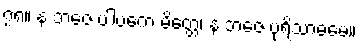
၇၈။ န ဘဇေ ပါပကေ မိတ္တေ၊ န ဘဇေ ပုရိသာဓမေ။